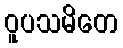
ဝူပသမိတေ